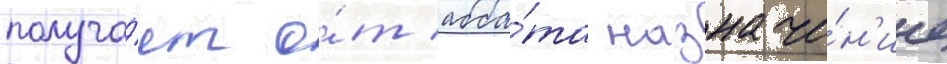
получа́ет о́т абба́та назначе́н'ие